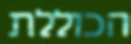
הכוללת